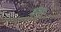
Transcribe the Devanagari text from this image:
यमः